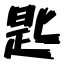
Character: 匙